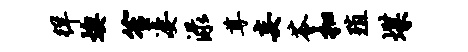
徉燠笙凄渌尊妄苓扣殖堞